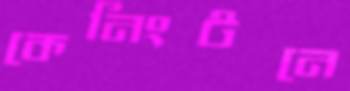
কেনিংটনে